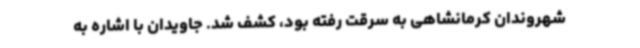
شهروندان کرمانشاهی به سرقت رفته بود، کشف شد. جاویدان با اشاره به